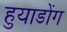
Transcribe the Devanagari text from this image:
हुयाडोंग